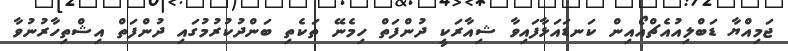
ޖަމިއްޔާ ޑަބްލިއުއެޗްއޯއިން ކަނޑައަޅާފައިވާ ޝިއާރަކީ ދުންފަތް ހިމެނޭ ތަކެތި ބަންދުކުރުމުގައި ދުންފަތް އިޝްތިހާރުނުވާ